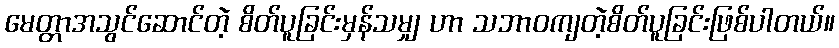
မေတ္တာအသွင်ဆောင်တဲ့ စိတ်ပူခြင်းမှန်သမျှ ဟာ သဘာဝကျတဲ့စိတ်ပူခြင်းဖြစ်ပါတယ်။